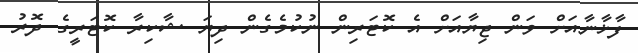
ފާޚާނާއަށް ވަން ޖިޔާއަށް އެ ކޮޓަރިން ނުކުމެގެން ދިޔަ ޝާކިރާ ކޮޓަރީގެ ދޮރު